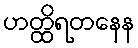
ဟတ္ထိရတနေန